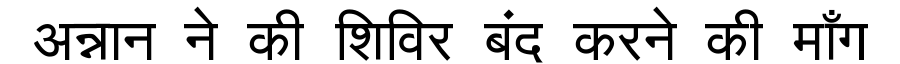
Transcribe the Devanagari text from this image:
अन्नान ने की शिविर बंद करने की माँग